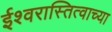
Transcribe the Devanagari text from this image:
ईश्वरास्तित्वाच्या